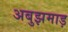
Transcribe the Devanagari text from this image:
अबुझमाड़